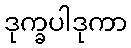
ဒုက္ခပါဒုကာ